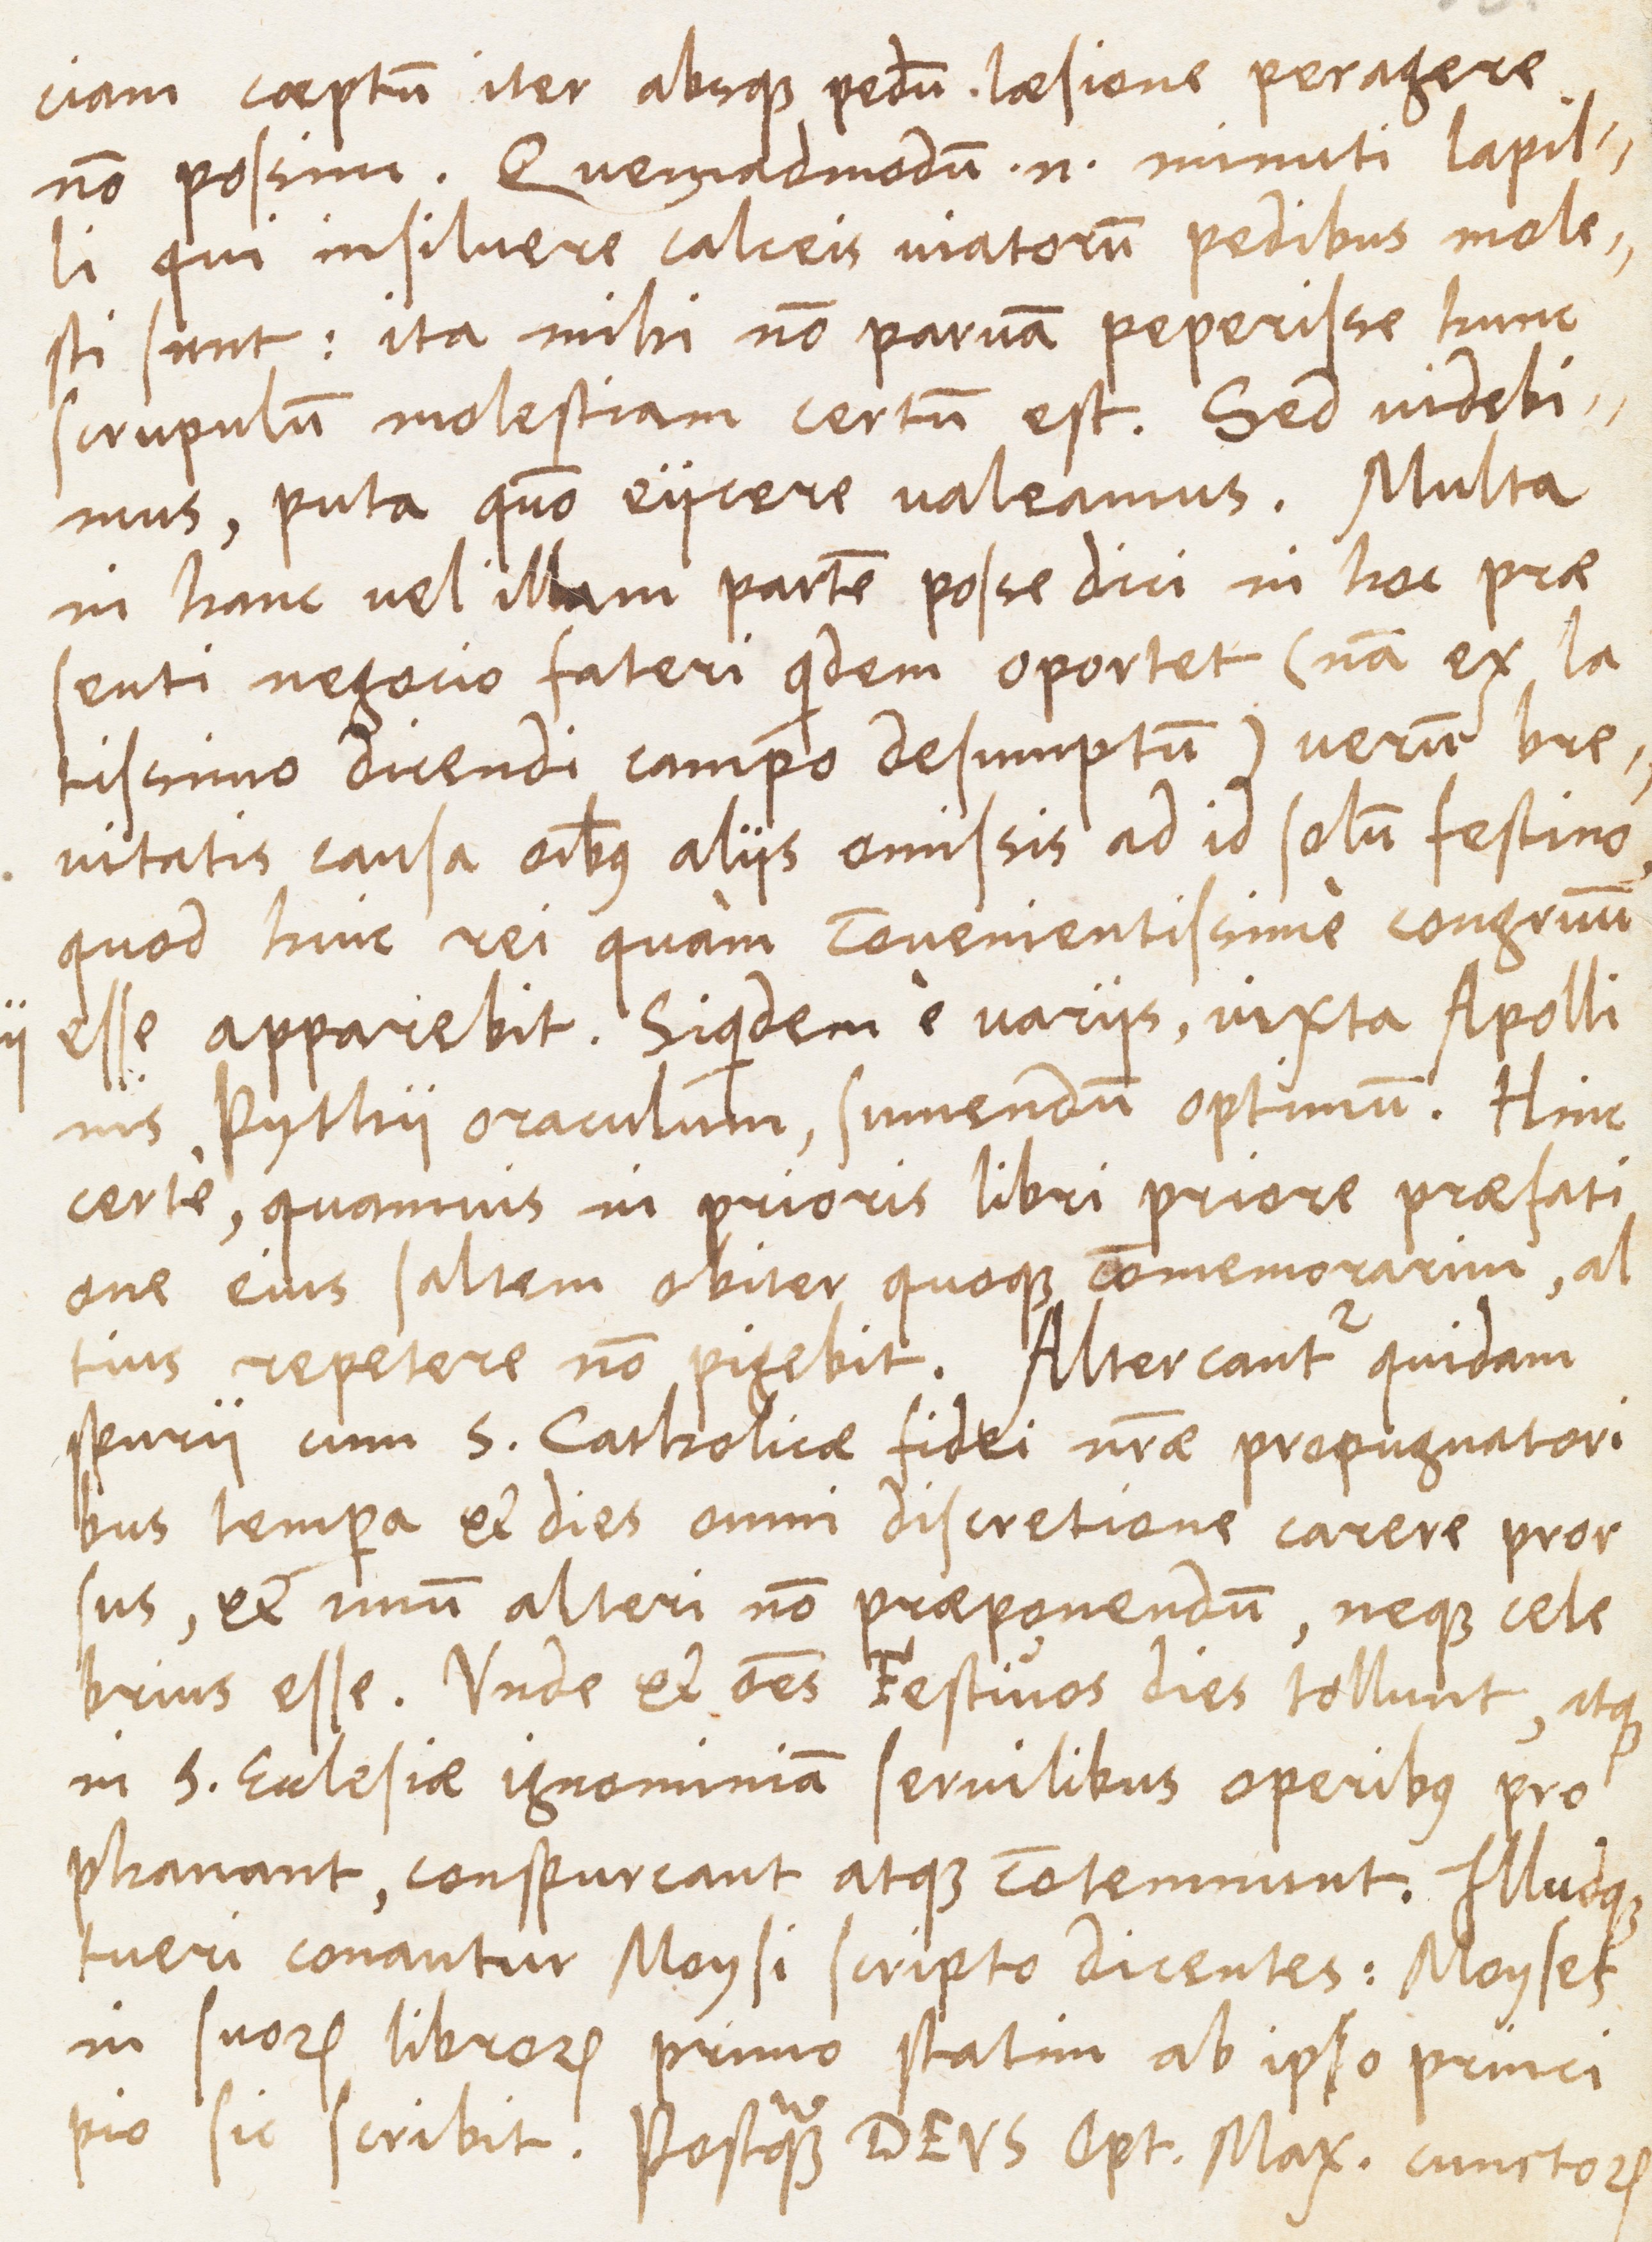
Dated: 1400–1499